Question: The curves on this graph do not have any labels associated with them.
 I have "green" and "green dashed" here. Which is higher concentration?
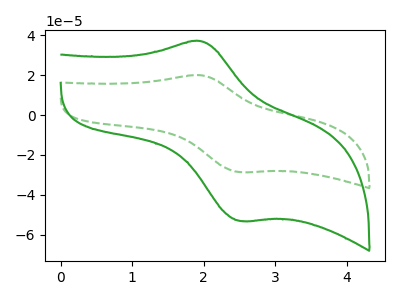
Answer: <think>The green curve "green" has an anodic peak at (1.95V, 37.15uA) and a cathodic peak at (2.50V, -53.10uA). The green dashed curve "green dashed" has an anodic peak at (1.95V, 20.00uA) and a cathodic peak at (2.50V, -28.60uA).
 All the peaks in "green" have a peak in "green dashed" at the same potential. Every peak in "green" is higher than every peak in "green dashed".</think>
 <answer>"green" has more signal than "green dashed" and so likely has a higher concentration.</answer>
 <eval>more_concentration</eval>